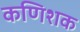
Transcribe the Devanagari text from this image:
कणिशक